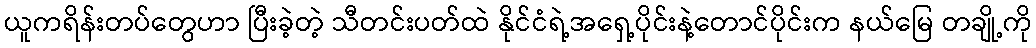
ယူကရိန်းတပ်တွေဟာ ပြီးခဲ့တဲ့ သီတင်းပတ်ထဲ နိုင်ငံရဲ့အရှေ့ပိုင်းနဲ့တောင်ပိုင်းက နယ်မြေ တချို့ကို